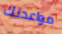
مواعدتك